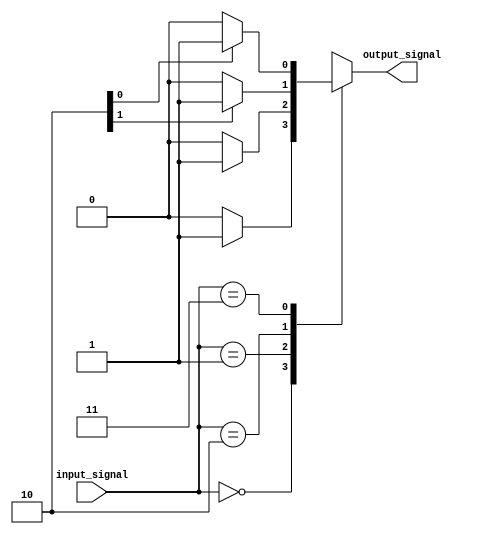
module case_statement_with_if_else (
    input [1:0] input_signal,
    output reg output_signal
);

always @* begin
    case (input_signal)
        2'b00: begin
            if (condition1) begin
                output_signal = 1'b1;
            end
            else begin
                output_signal = 1'b0;
            end
        end
        
        2'b01: begin
            if (condition2) begin
                output_signal = 1'b1;
            end
            else begin
                output_signal = 1'b0;
            end
        end
        
        2'b10: begin
            if (condition3) begin
                output_signal = 1'b1;
            end
            else begin
                output_signal = 1'b0;
            end
        end
        
        2'b11: begin
            if (condition4) begin
                output_signal = 1'b1;
            end
            else begin
                output_signal = 1'b0;
            end
        end
    endcase
end

endmodule